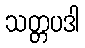
သတ္တပဒါ